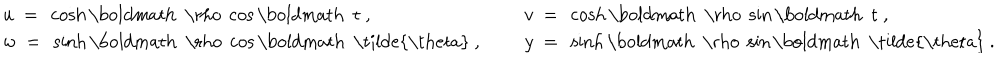
LaTeX: \begin{array} { l l } { { u ~ = ~ \cosh \mathrm { \boldmath ~ \ r h o ~ } \cos \mathrm { \boldmath ~ t ~ } , ~ ~ } } & { { v ~ = ~ \cosh \mathrm { \boldmath ~ \ r h o ~ } \sin \mathrm { \boldmath ~ t ~ } , } } \\ { { w ~ = ~ \sinh \mathrm { \boldmath ~ \ r h o ~ } \cos \mathrm { \boldmath ~ \tilde { \ t h e t a } ~ } , ~ ~ } } & { { y ~ = ~ \sinh \mathrm { \boldmath ~ \ r h o ~ } \sin \mathrm { \boldmath ~ \tilde { \ t h e t a } ~ } . } } \\ \end{array}